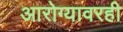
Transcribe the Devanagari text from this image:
आरोग्यावरही